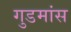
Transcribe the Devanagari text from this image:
गुडमांस